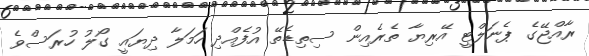
ރާއްޖޭގެ ޕެނަލްޓީ އޭރިޔާ ތެރެއިން ސިތިޑެތޭ އުފެއްދި ހަމަލާ ދިޔައީ ގޯލު ހުރަސްވެ